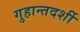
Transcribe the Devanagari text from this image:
गुहान्तदर्शी